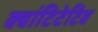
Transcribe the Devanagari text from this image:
क्वांटिटेटिव